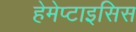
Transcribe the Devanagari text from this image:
हेमेप्टाइसिस